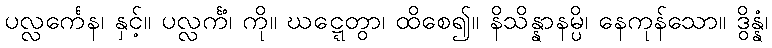
ပလ္လင်္ကေန၊ နှင့်။ ပလ္လင်္ကံ၊ ကို။ ဃဋ္ဋေတွာ၊ ထိစေ၍။ နိသိန္နာနမ္ပိ၊ နေကုန်သော။ ဒွိန္နံ၊